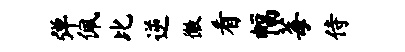
弹佩比逆徽看幅莓侍